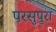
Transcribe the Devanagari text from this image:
परसुपुरा